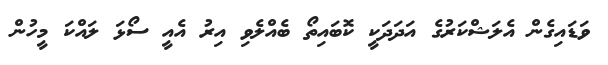
ވަޑައިގެން އެލަޝްކަރުގެ އަދަދަކީ ކޮބައިތޯ ބެއްލެވި އިރު އެއީ ސޯޅަ ލައްކަ މީހުން